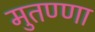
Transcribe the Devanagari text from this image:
मुतण्णा